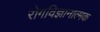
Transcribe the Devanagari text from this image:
रोगविज्ञानात्मक